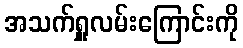
အသက်ရှူလမ်းကြောင်းကို